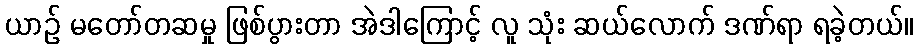
ယာဉ် မတော်တဆမှု ဖြစ်ပွားတာ အဲဒါကြောင့် လူ သုံး ဆယ်လောက် ဒဏ်ရာ ရခဲ့တယ်။